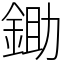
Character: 鋤